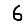
Digit: 6